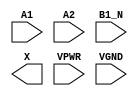
module sky130_fd_sc_hs__a21bo (
    //# {{data|Data Signals}}
    input  A1  ,
    input  A2  ,
    input  B1_N,
    output X   ,

    //# {{power|Power}}
    input  VPWR,
    input  VGND
);
endmodule